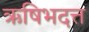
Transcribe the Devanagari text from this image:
ऋषिभदत्त